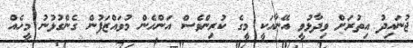
ޖުނައިދު އިތުރަށް ވިދާޅުވީ އޭނާއަކީ މީގެ ކުރިންވެސް އަންހެން މުވައްޒަފުން ގެންގުޅުނު މީހެއް